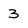
Character: 3